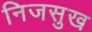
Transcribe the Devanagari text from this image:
निजसुख